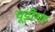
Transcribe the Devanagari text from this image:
चूड़ीगर